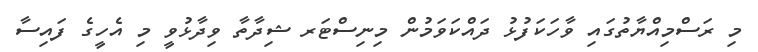
މި ރަސްމިއްޔާތުގައި ވާހަކަފުޅު ދައްކަވަމުން މިނިސްޓަރ ޝިދާތާ ވިދާޅުވީ މި އެހީގެ ފައިސާ